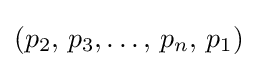
(p_{2},\,p_{3},\dots ,\,p_{n},\,p_{1})